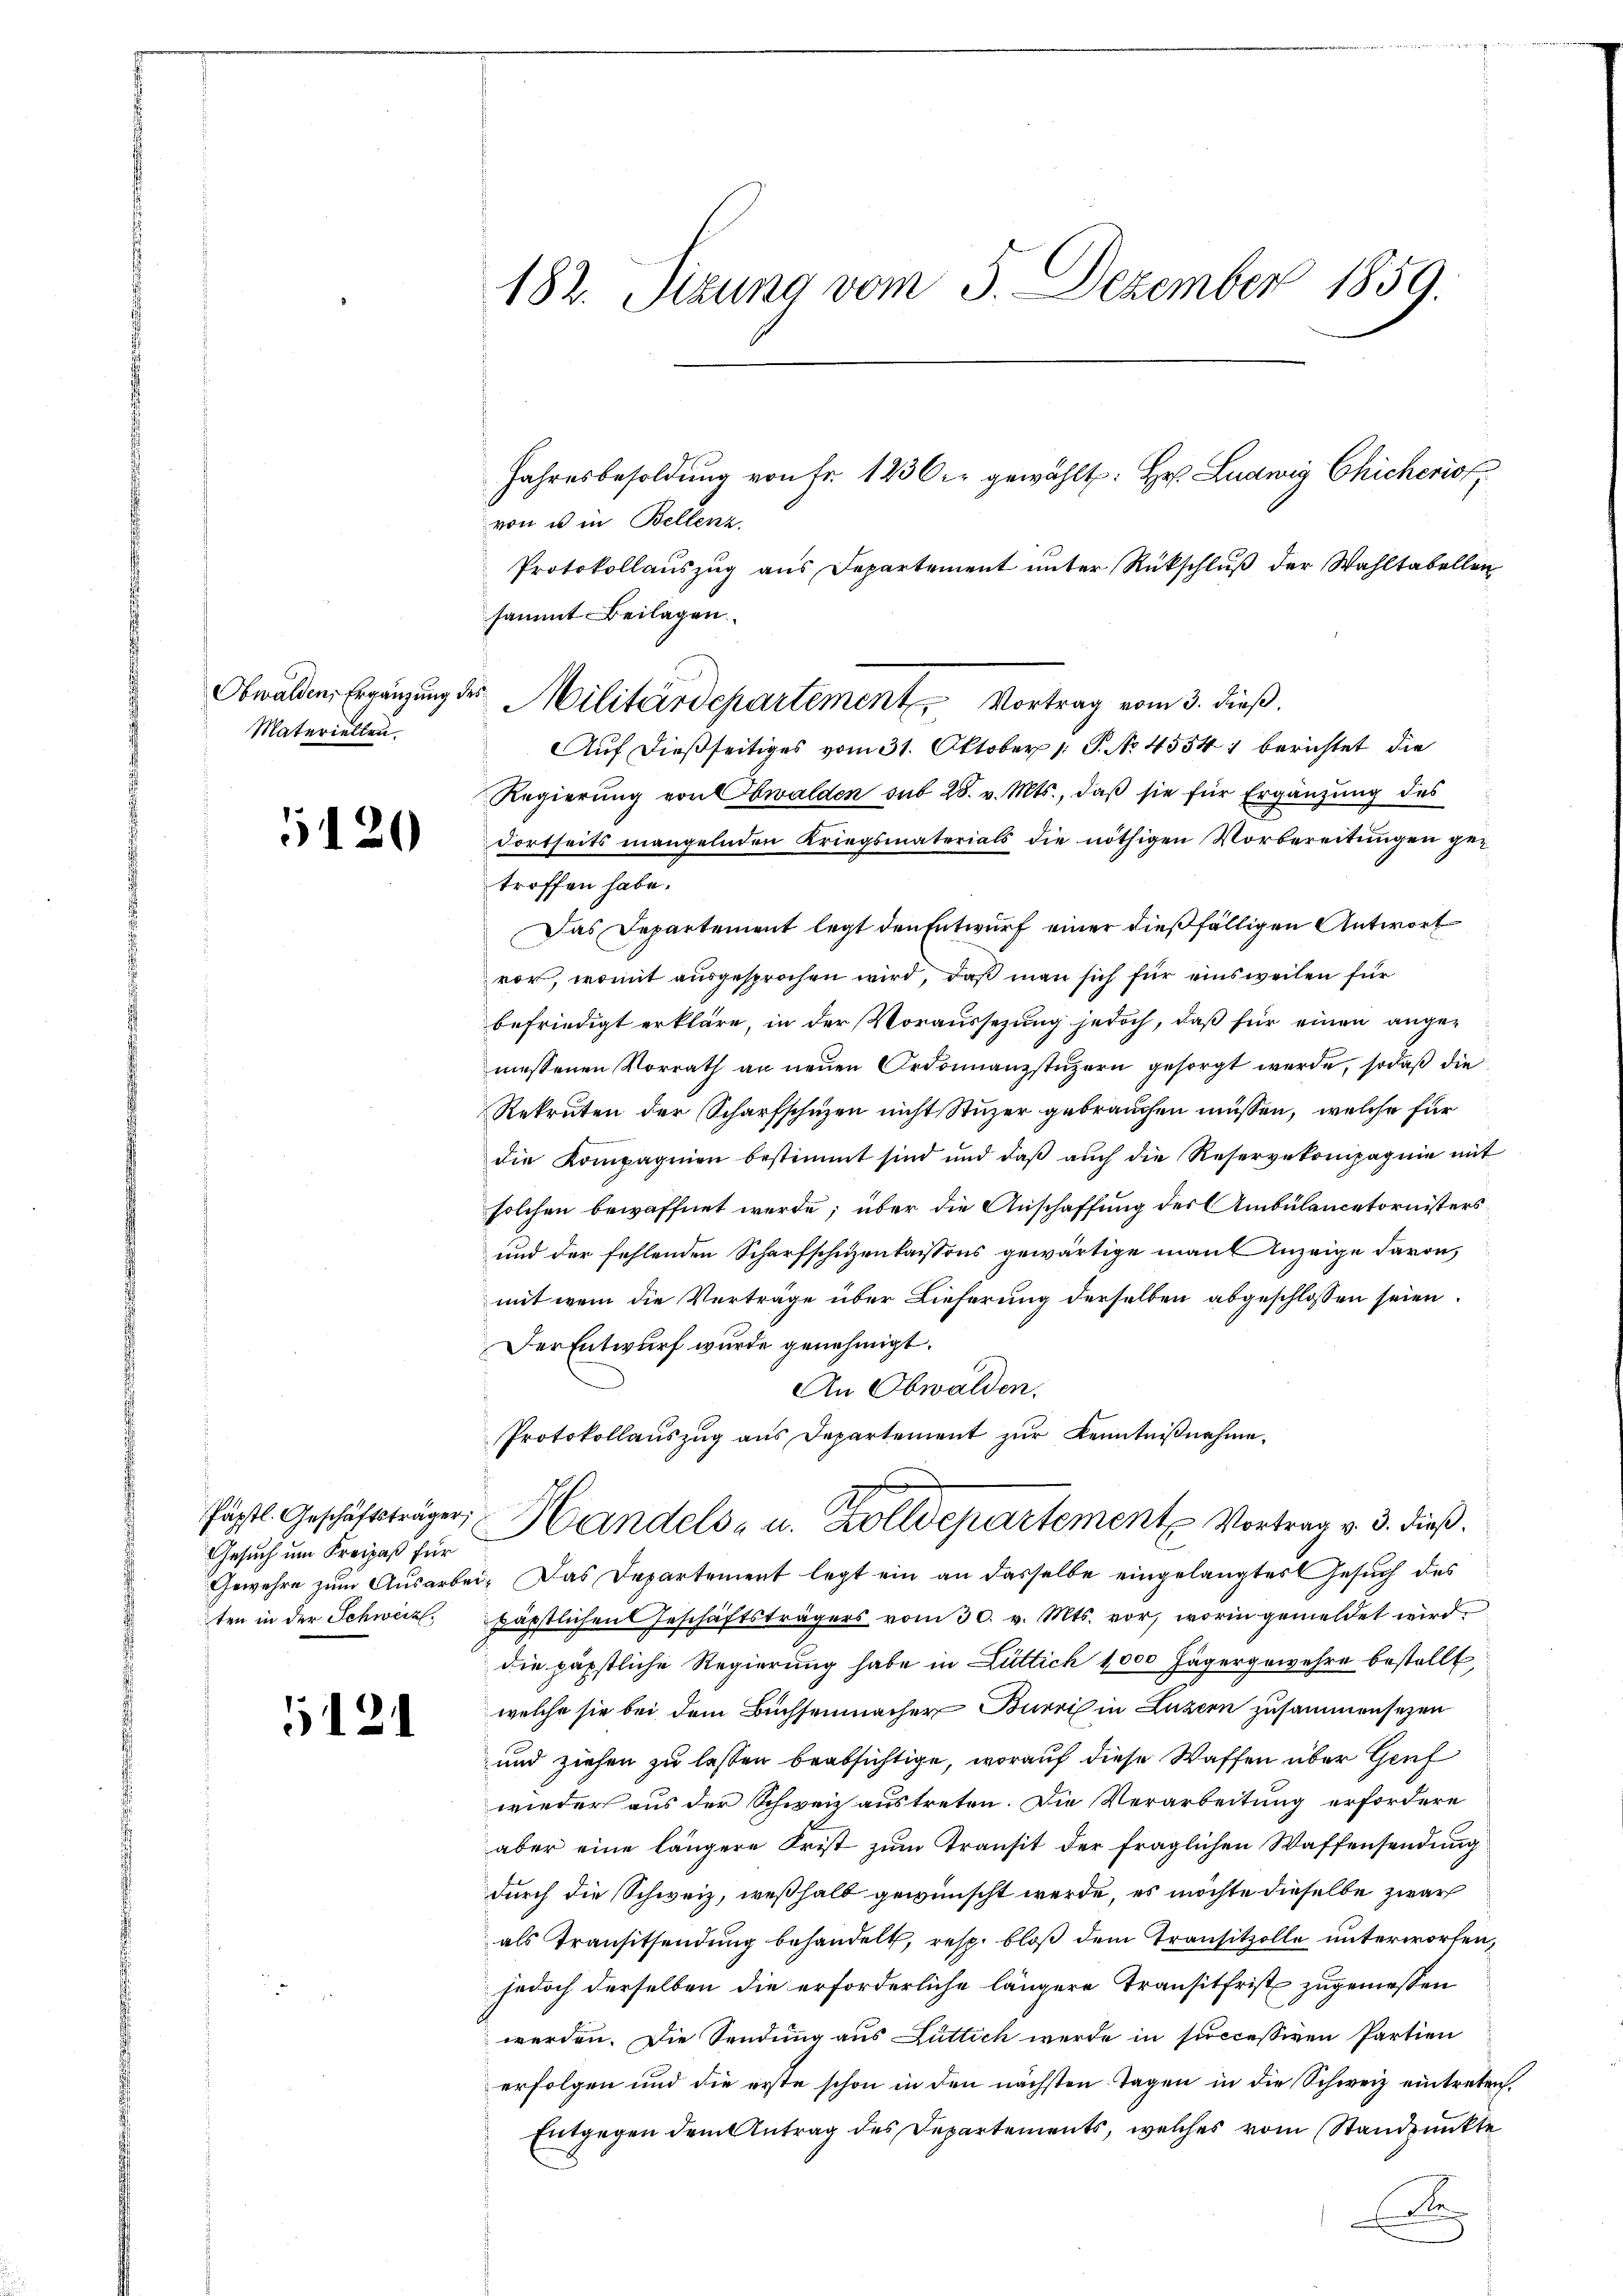
Materiellen.

5120

Gesuch um Freipaß für
Gewehre zum Ausarbei
ten in der Schweiz.

121

182. Sizung vom 5. Dezember 1859.
Jahresbesoldŭng von Fr. 1236. gewählt: Hr. Ludwig Chicherio
von u in Bellenz
Protokollauszug aus Departement unter Rückschluß der Wahltabellen
sammt Beilagen.

Auf dießseitiges vom 31. Oktober 1 S. No 45541 berichtet die
Regierung von Obwalden sub 28. v. Mts., daß sie für Ergänzung des
dortseits mangelnden Kriegsmaterials die nöthigen Vorbereitungen getroffen habe.
Das Departement legt den Entwurf einer dießfälligen Antwort
vor, womit ausgesprochen wird, daß man sich für einsweilen für
befriedigt erkläre, in der Voraussezung jedoch, daß für einen angemessenen Vorrath an neuen Ordonnanzstuzern gesorgt werde, sodaß die
Rekruten der Scharfschuzen nicht Stuzer gebrauchen müssen, welche für
die Kompagnien bestimmt sind und daβ aŭch die Reservekompagnie mit
solchen bewaffnet werde; über die Anschaffung des Ambülancetornisters
und der fehlenden Scharfschuzenkassons gewärtige man Anzeige davon,
mit wem die Verträge über Lieferung derselben abgeschlossen seien.
Der Entwurf wurde genehmigt.
An Obwalden.
Protokollauszug aus Departement zur Kenntnißnahme.
fäpstl. Geschäftsträger, Handels- u. Zolldepartement Vortrag v. 3. dieß.
Das Departement legt ein an dasselbe eingelangtes Gesuch des
d
päpstlichen Geschäftsträgers vom 30. v. Mts. vor, worin gemeldet wird
die päpstliche Regierung habe in Lüttich 1000 Jägergewehre bestellt,
welche sie bei dem Buchsenmacher Burri in Luzern zusammensezen
und ziehen zu lassen beabsichtige, worauf diese Waffen über Genf
wieder aus der Schweiz austreten. Die Verarbeitung erfordere
aber eine längere Frist zum Transit der fraglichen Waffensendung
durch die Schweiz, weßhalb gewünscht werde, es möchte dieselbe zwar
als Transitsendung behandelt, resp. bloß dem Transitzolle unterworfen,
jedoch derselben die erforderliche längere Transitfrist zugemessen
werden. Die Sendung aus Luttich werde in successiven Partien
erfolgen und die erste schon in den nächsten Tagen in die Schweiz eintreten,
Entgegen dem Antrag des Departements, welches vom Standpunkte
d

Obwalden, Ergänzung der Militärdepartement Vortrag vom 3. dieß.